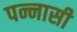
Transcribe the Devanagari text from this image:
पन्नासी